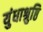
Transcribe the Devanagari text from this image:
युंधाश्रुष्ठि